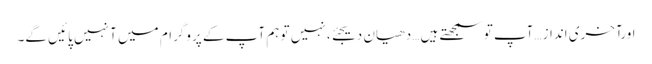
اورآخری انداز…آپ تو سمجھتے ہیں… دھیان دیجئے، نہیں تو ہم آپ کے پروگرام میں آ نہیں پائیں گے۔